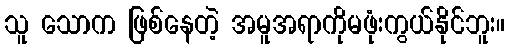
သူ သောက ဖြစ်နေတဲ့ အမူအရာကိုမဖုံးကွယ်နိုင်ဘူး။